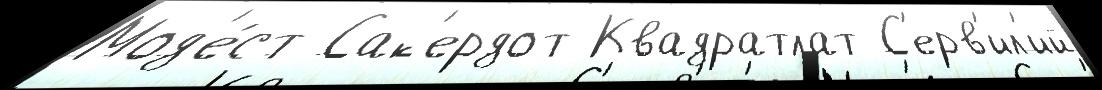
Мод'е́ст Сак'ердот Квадратлат С'ерв'ил'ий